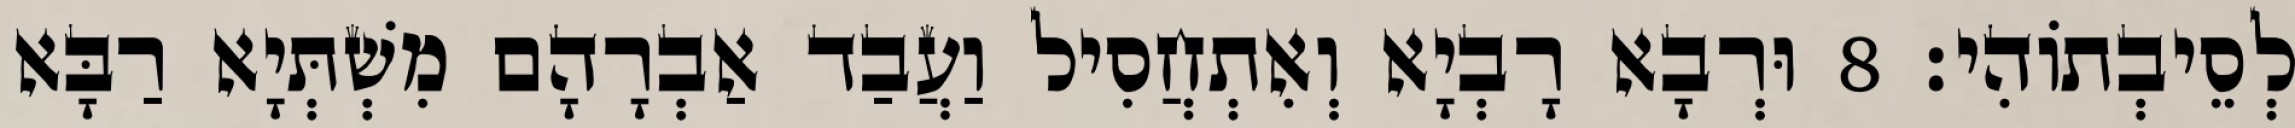
לְסֵיבְתוֹהִי׃ 8 וּרְבָא רָבְיָא וְאִתְחֲסִיל וַעֲבַד אַבְרָהָם מִשְׁתְּיָא רַבָּא